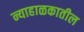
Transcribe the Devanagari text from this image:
न्याहाळकातील